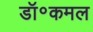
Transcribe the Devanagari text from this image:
डॉ॰कमल